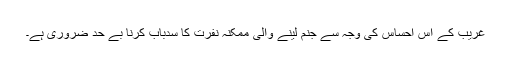
غریب کے اس احساس کی وجہ سے جنم لينے والی ممکنہ نفرت کا سدباب کرنا بے حد ضروری ہے۔